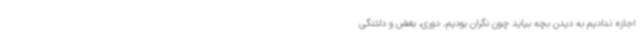
اجازه ندادیم به دیدن بچه بیاید چون نگران بودیم. دوری، بغض و دلتنگی